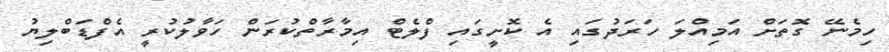
ހިމެނޭ ގޮތަށް އަމިއްލަ ހަރަދުގައި އެ ކޮށީގައި ފްލެޓް އިމާރާތްކުރަން ހަވާލުކުރީ އެފްޑަބްލިޔު